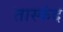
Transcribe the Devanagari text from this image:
तास्कंद